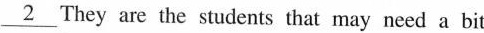
\underline{2} They are the students that may need a bit